Riigikantselei, lk 68
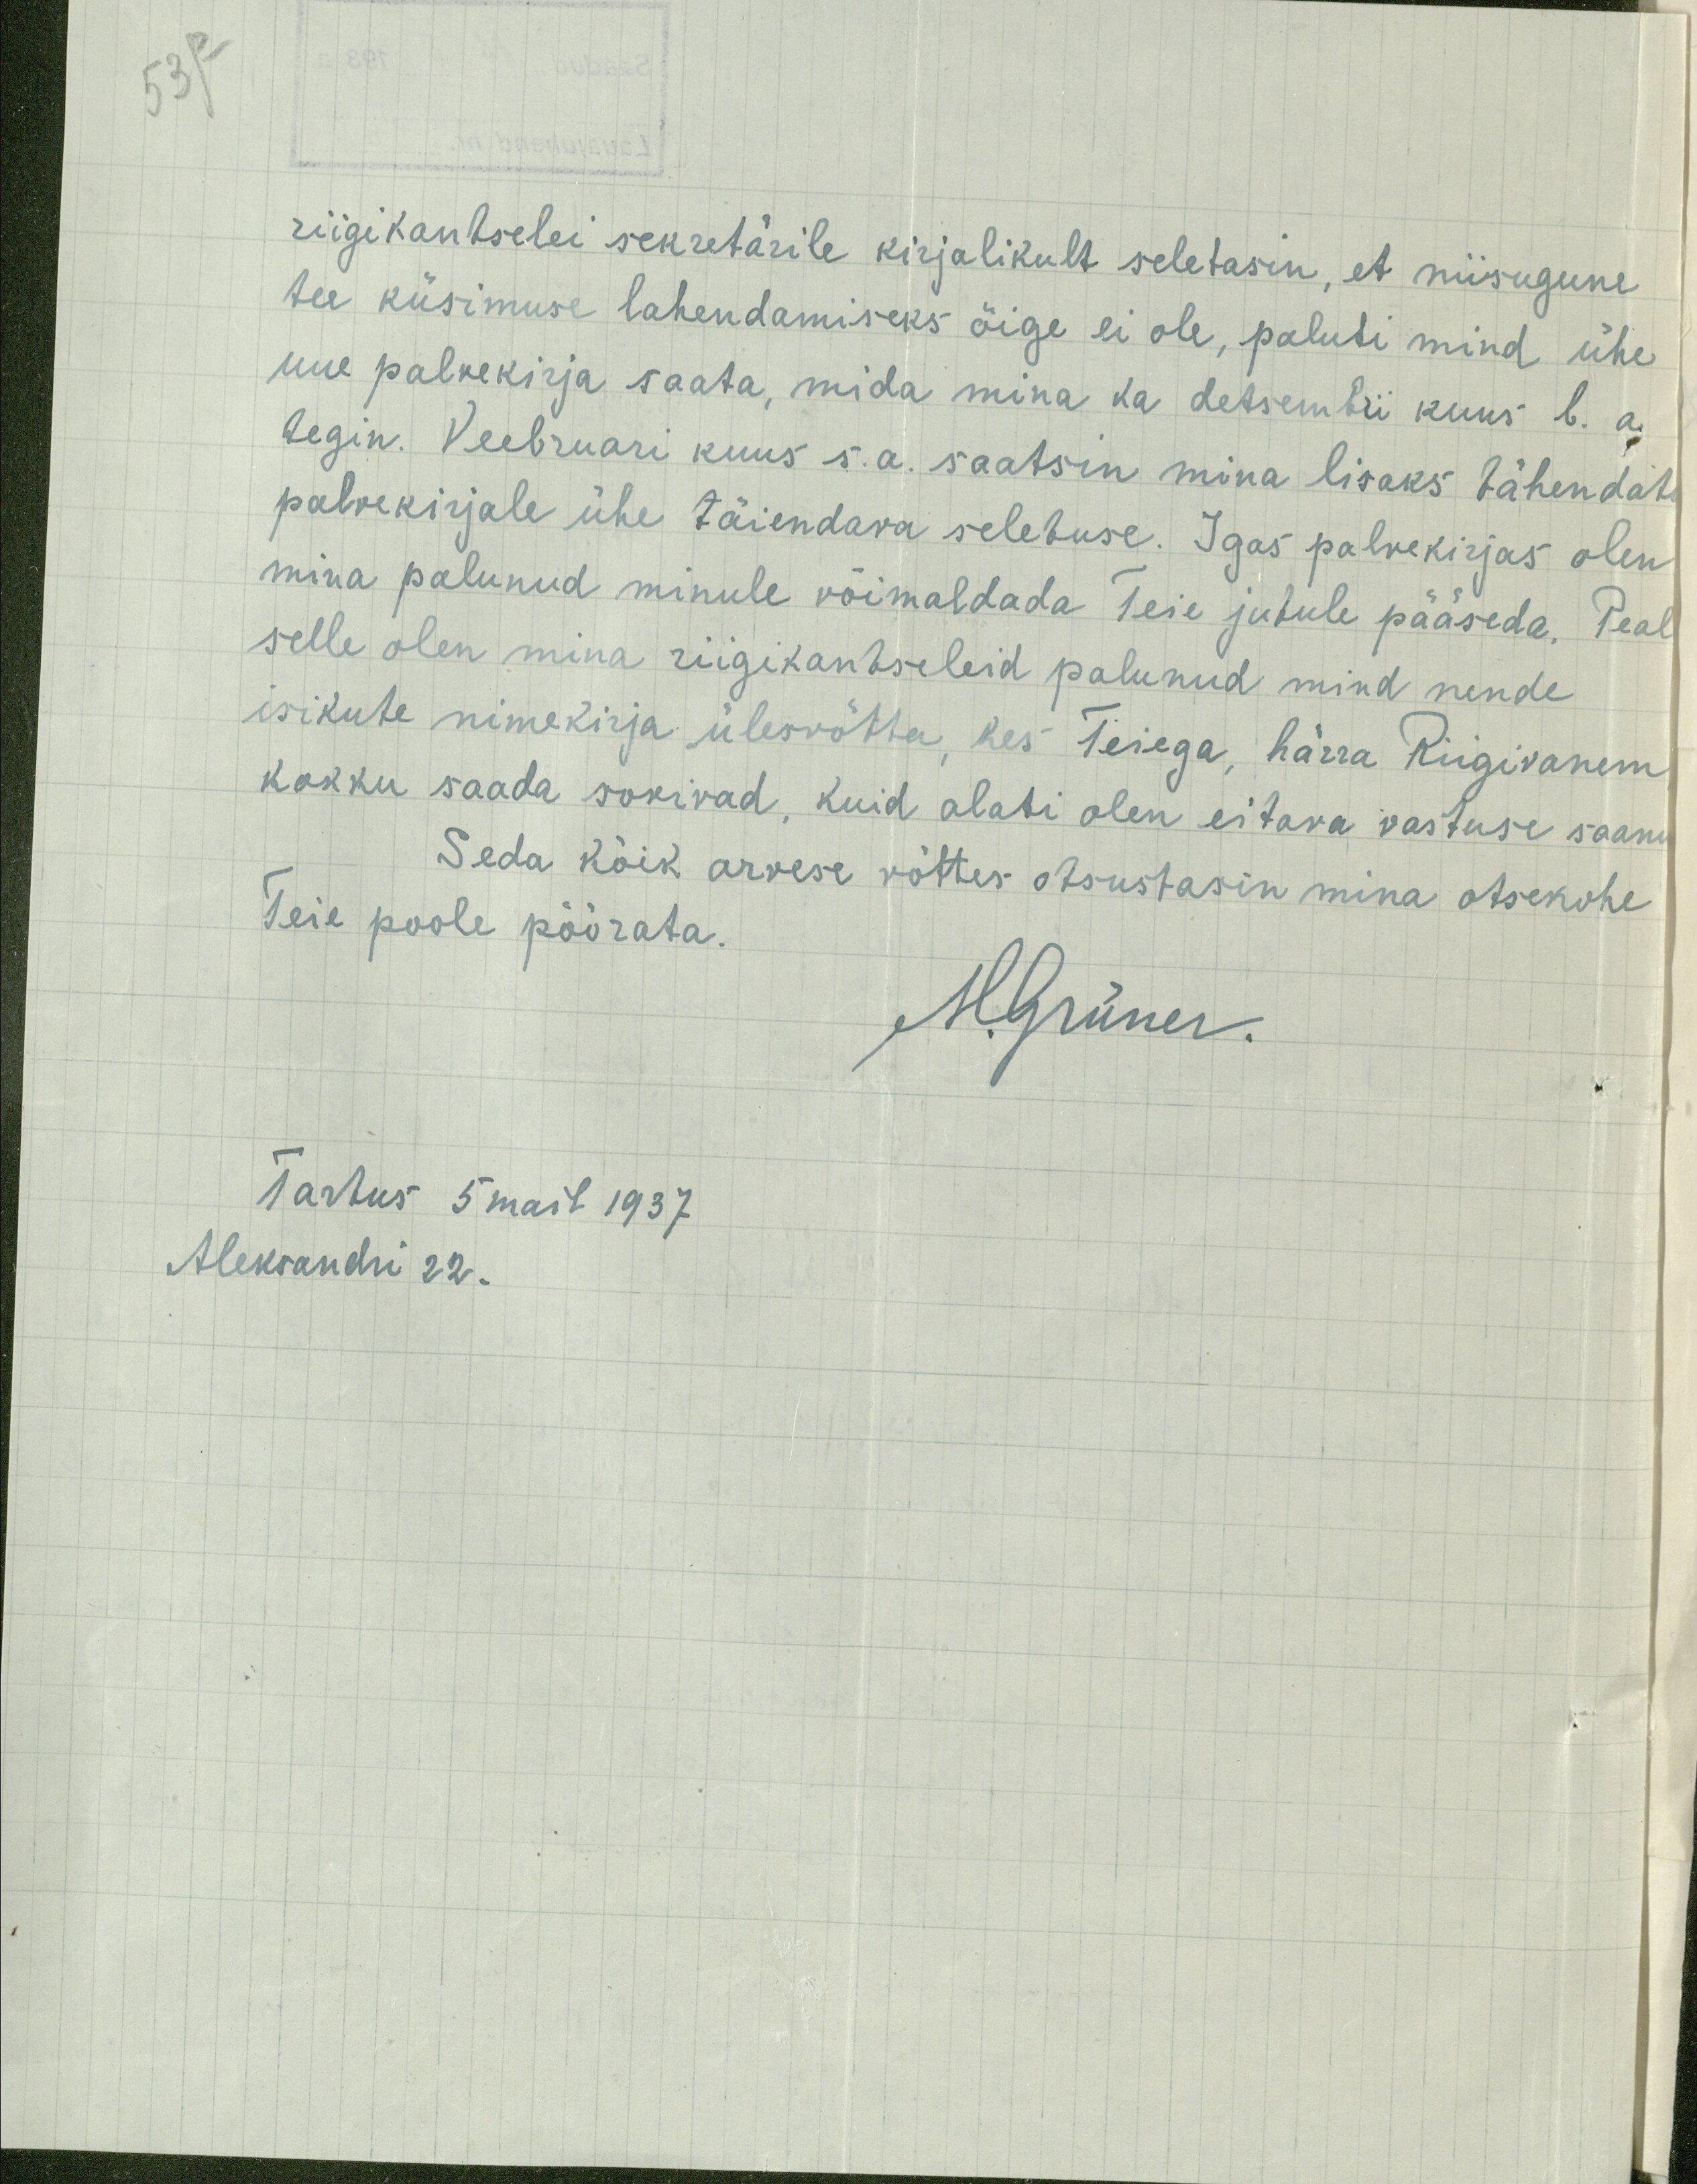
riigikantselei sekretärile kirjalikult seletasin, et niisugune
tee küsimuse lahendamiseks õige ei ole, paluti mind ühe
uue palvekirja saata, mida mina ka detsembri kuus l. a.
tegin. Veebruari kuus s.a. saatsin mina lisaks tähendatu
palvekirjale ühe täiendava seletuse. Igas palvekirjas olen
mina palunud minule võimaldada Teie jutule pääseda. Peal
selle olen mina riigikantseleid palunud mind nende
isikute nimekirja ülesvõtta, kes Teiega, härra Riigivanem
kokku saada sovivad, kuid alati olen eitava vastuse saanu
Seda kõik arvese võttes otsustasin mina otsekohe
Teie poole pöörata.
M. Grüner.
Tartus 5 mail 1937
Aleksandri 22.